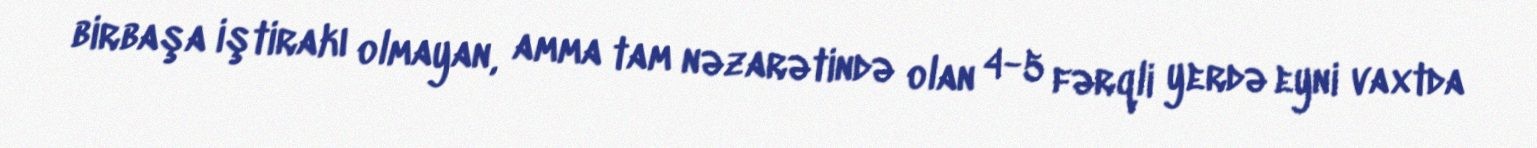
birbaşa iştirakı olmayan, amma tam nəzarətində olan 4-5 fərqli yerdə eyni vaxtda